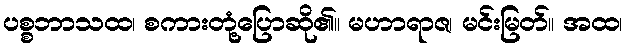
ပစ္စဘာသထ၊ စကားတုံ့ပြောဆို၏။ မဟာရာဇ၊ မင်းမြတ်။ အထ၊